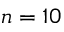
n = 1 0